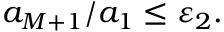
a _ { M + 1 } / a _ { 1 } \leq \varepsilon _ { 2 } .